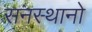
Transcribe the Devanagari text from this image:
सनस्थानो